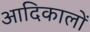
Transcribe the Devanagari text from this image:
आदिकालों